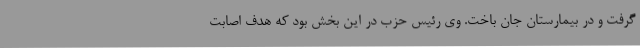
گرفت و در بیمارستان جان باخت. وی رئیس حزب در این بخش بود که هدف اصابت